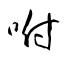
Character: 咐